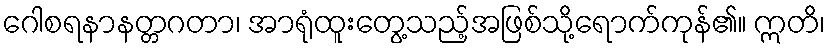
ဂေါစရနာနတ္တဂတာ၊ အာရုံထူးတွေ့သည့်အဖြစ်သို့ရောက်ကုန်၏။ ဣတိ၊